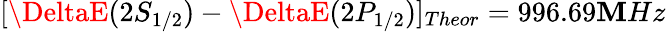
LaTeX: [\DeltaE(2S_{1/2})-\DeltaE(2P_{1/2})]_{Theor}=996.69\mathbf{M}Hz